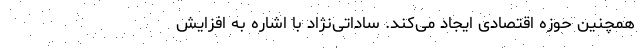
همچنین حوزه اقتصادی ایجاد می‌کند‌. ساداتی‌نژاد با اشاره به افزایش